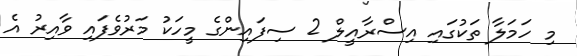
މި ހަމަލާ ތަކުގައި އިސްރާއީލް 2 ސިފައިންގެ މީހަކު މަރުވެފައި ވާއިރު އެ